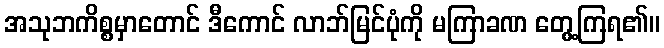
အသုဘကိစ္စမှာတောင် ဒီကောင် လာဘ်မြင်ပုံကို မကြာခဏ တွေ့ကြရ၏။